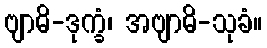
ဗျာဓိ-ဒုက္ခံ၊ အဗျာဓိ-သုခံ။